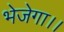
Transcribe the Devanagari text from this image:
भेजेगा।।